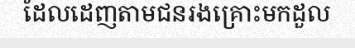
ដែលដេញតាមជនរងគ្រោះមកដួល